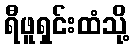
ရီဖူရှင်းထံသို့